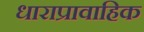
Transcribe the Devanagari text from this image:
धाराप्रावाहिक